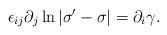
LaTeX: \begin{align*}\epsilon_{ij}\partial_j\ln |\sigma'-\sigma |=\partial_i\gamma.\end{align*}